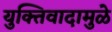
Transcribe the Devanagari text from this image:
युक्तिवादामुळे